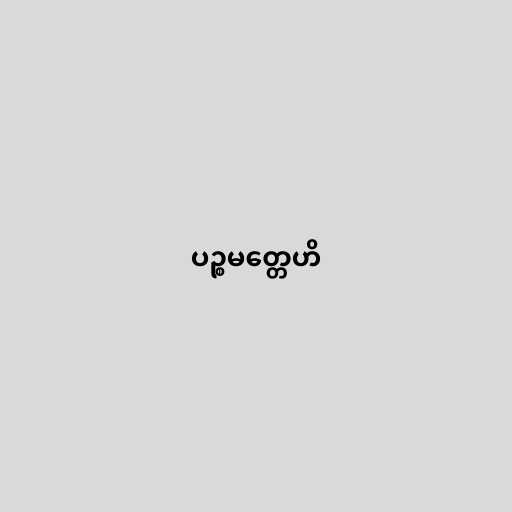
ပဉ္စမတ္တေဟိ